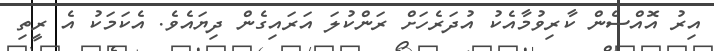
އިރު އޮއްސެން ކާރިވުމާއެކު އުދަރެހަށް ރަންކުލަ އަރައިގެން ދިޔައެވެ. އެކަމަކު އެ ރީތި